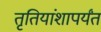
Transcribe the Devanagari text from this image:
तृतियांशापर्यंत